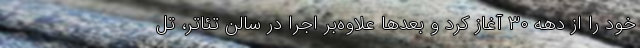
خود را از دهه ۳۰ آغاز کرد و بعدها علاوه‌بر اجرا در سالن تئاتر، تل